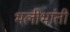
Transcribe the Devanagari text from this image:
भलीभांती